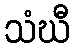
သံဃီ